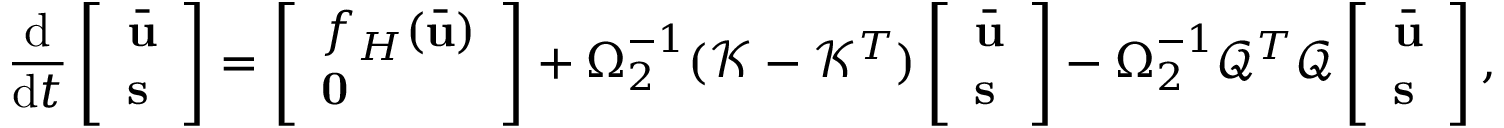
\frac { \mathrm { d } } { \mathrm { d } t } \left[ \begin{array} { l } { \bar { \mathbf { u } } } \\ { \mathbf { s } } \end{array} \right] = \left[ \begin{array} { l } { f _ { H } ( \bar { \mathbf { u } } ) } \\ { \mathbf { 0 } } \end{array} \right] + \boldsymbol { \Omega } _ { 2 } ^ { - 1 } ( \mathcal { K } - \mathcal { K } ^ { T } ) \left[ \begin{array} { l } { \bar { \mathbf { u } } } \\ { \mathbf { s } } \end{array} \right] - \boldsymbol { \Omega } _ { 2 } ^ { - 1 } \mathcal { Q } ^ { T } \mathcal { Q } \left[ \begin{array} { l } { \bar { \mathbf { u } } } \\ { \mathbf { s } } \end{array} \right] ,